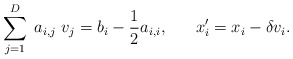
\begin{align*}\sum_{j=1}^{D}\;a_{i,j}\; v_{j} = b_{i} - \frac{1}{2} a_{i,i}, \;\;\;\;\;\; x'_{i} = x_{i} - \delta v_{i}.\end{align*}